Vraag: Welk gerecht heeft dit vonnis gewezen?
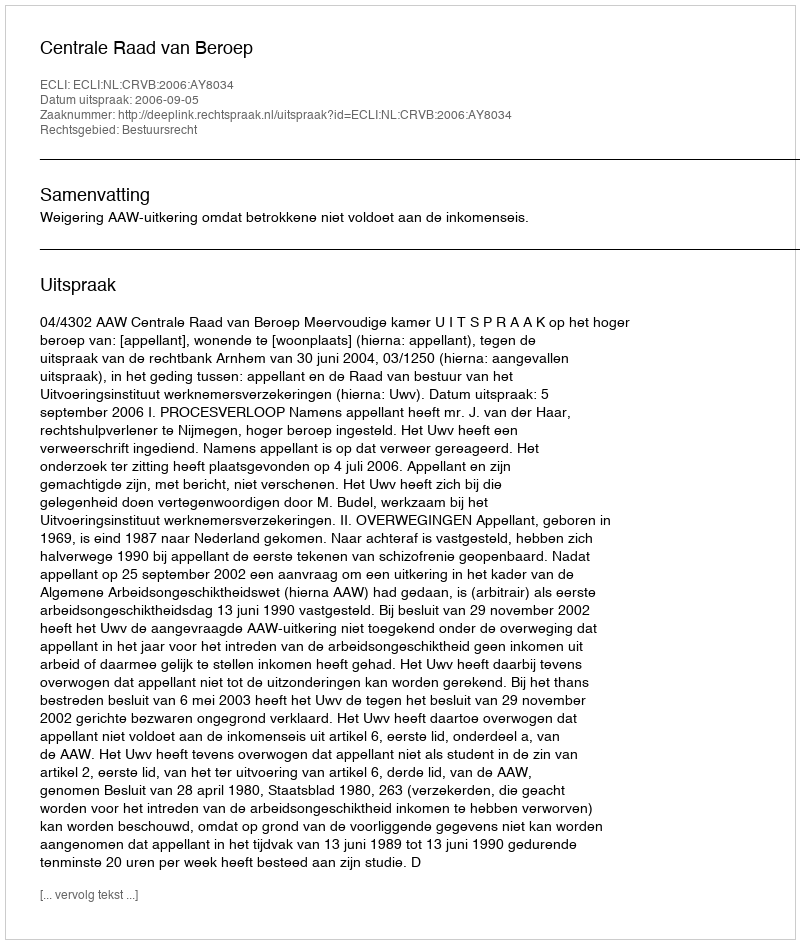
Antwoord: Centrale Raad van Beroep